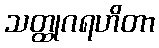
သတ္ထုဂရဟိတာ